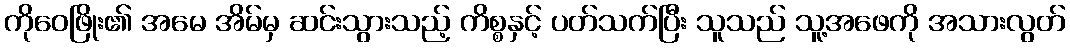
ကိုဝေဖြိုး၏ အမေ အိမ်မှ ဆင်းသွားသည့် ကိစ္စနှင့် ပတ်သက်ပြီး သူသည် သူ့အဖေကို အသားလွတ်